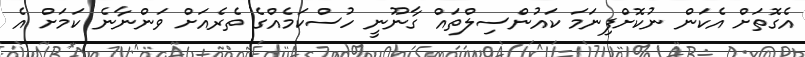
އެގޮތަށް އެކަން ނުކޮށްފިނަމަ ކައުންސިލްތައް ގާނޫނީ ހުސްކަމެއްގެ ތެރެއަށް ވަންނާނެ ކަމަށް އެ